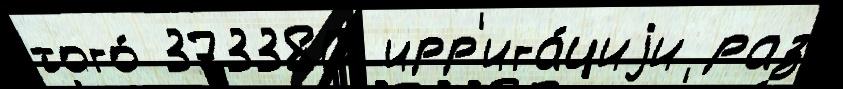
того́ 373380 ирр'ига́циjи раз